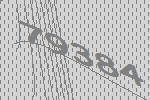
79384